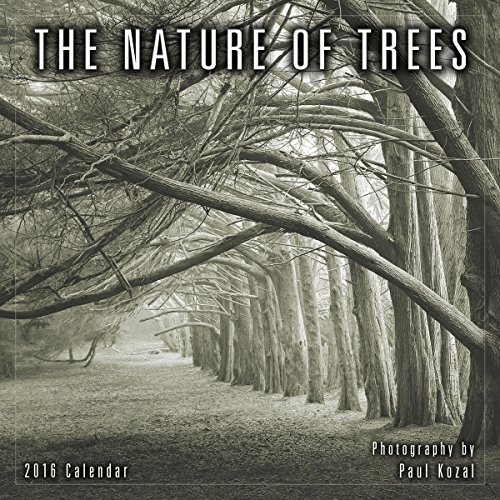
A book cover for Nature of Trees 2016 Mini Calendar; Paul Kozal; Calendars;